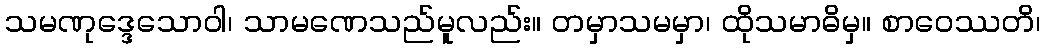
သမဏုဒ္ဒေသောဝါ၊ သာမဏေသည်မူလည်း။ တမှာသမမှာ၊ ထိုသမာဓိမှ။ စာဝေဿတိ၊